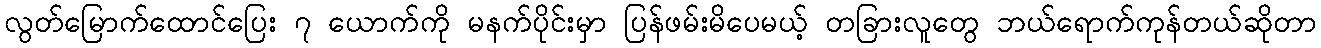
လွတ်မြောက်ထောင်ပြေး ၇ ယောက်ကို မနက်ပိုင်းမှာ ပြန်ဖမ်းမိပေမယ့် တခြားလူတွေ ဘယ်ရောက်ကုန်တယ်ဆိုတာ